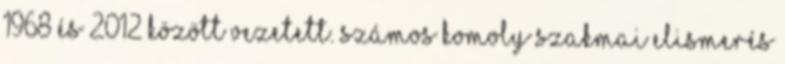
1968 és 2012 között vezetett. Számos komoly szakmai elismerés